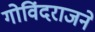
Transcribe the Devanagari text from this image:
गोविंदराजने